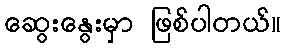
ဆွေးနွေးမှာ ဖြစ်ပါတယ်။